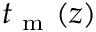
t _ { \mathrm { ~ m ~ } } ( z )